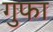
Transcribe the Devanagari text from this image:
गुफा़